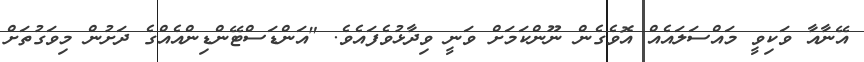
އޭނާއާ ވަކިވީ މައްސަލައެއް އޮވެގެން ނޫންކަމަށް ވަނީ ވިދާޅުވެފައެވެ. "އަންޑަސްޓޭންޑިންއެއްގެ ދަށުން މިވަގުތަށް